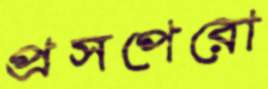
প্রসপেরো